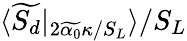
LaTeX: \langle\widetilde{S_{d}}|_{2\widetilde{\alpha_{0}}\kappa/S_{L}}\rangle/S_{L}